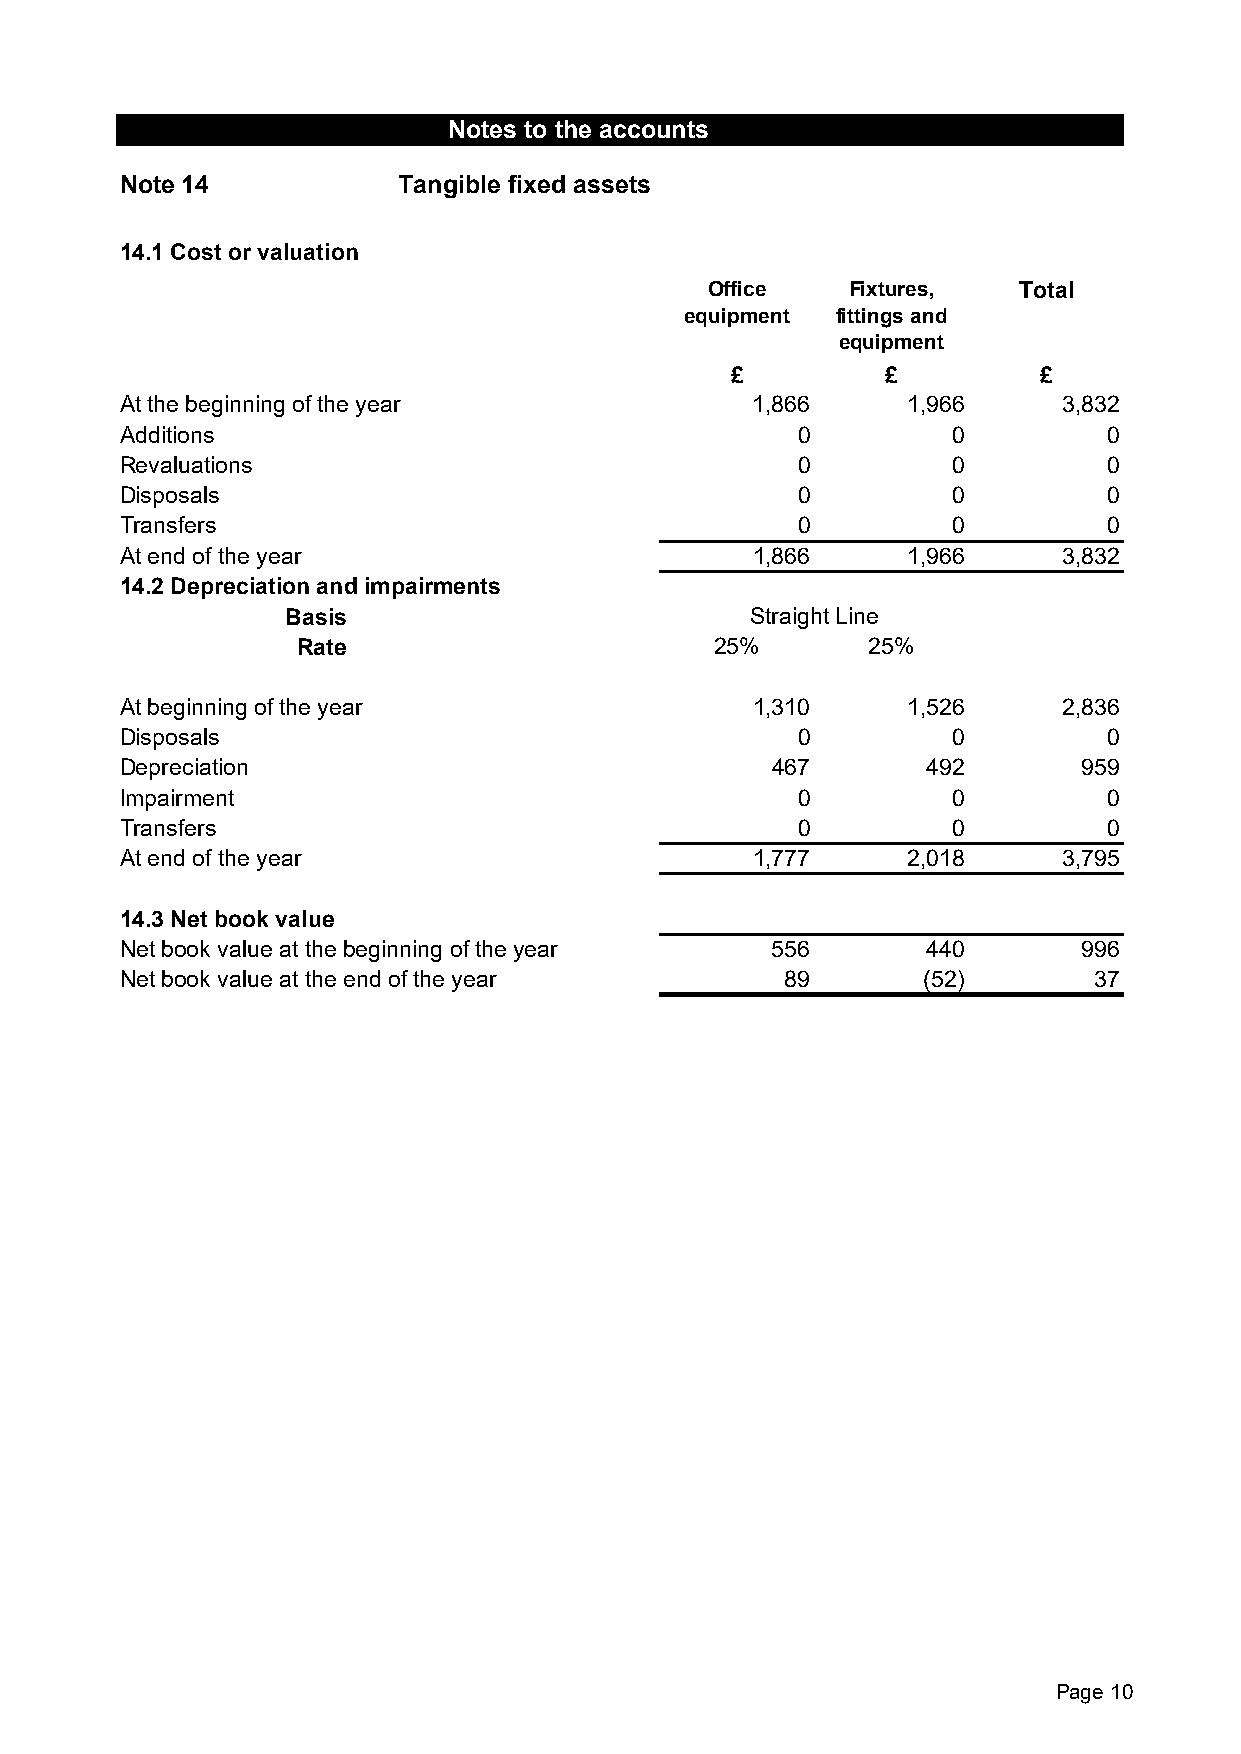
Notes to the accounts
 Note 14           Tangible fixed assets
 14.1 Cost or valuation
 Office   Fixtures,  Total
 equipment fittings and
 equipment
 £          £         £
 At the beginning of the year              1,866     1,966     3,832
 Additions                                    0         0         0
 Revaluations                                 0         0         0
 Disposals                                    0         0         0
 Transfers                                    0         0         0
 At end of the year                        1,866     1,966     3,832
 14.2 Depreciation and impairments
 Basis                          Straight Line
 Rate                       25%       25%
 At beginning of the year                  1,310     1,526     2,836
 Disposals                                    0         0         0
 Depreciation                               467       492        959
 Impairment                                   0         0         0
 Transfers                                    0         0         0
 At end of the year                        1,777     2,018     3,795
 14.3 Net book value
 Net book value at the beginning of the year 556      440        996
 Net book value at the end of the year       89       (52)       37
 Page 10